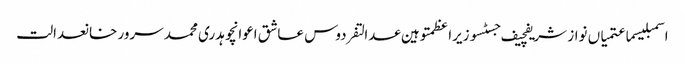
اسمبلیسماعتمیاں نواز شریفچیف جسٹسوزیراعظمتوہین عدالتفردوس عاشق اعوانچوہدری محمد سرور خانعدالت